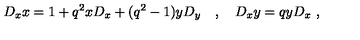
D _ { x } x = 1 + q ^ { 2 } x D _ { x } + ( q ^ { 2 } - 1 ) y D _ { y } \quad , \quad D _ { x } y = q y D _ { x } \ ,